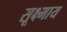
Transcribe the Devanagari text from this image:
सूक्ष्माय